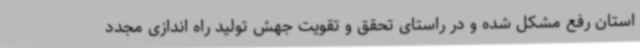
استان رفع مشکل شده و در راستای تحقق و تقویت جهش تولید راه اندازی مجدد